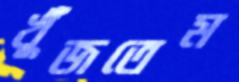
খুঁজতেম